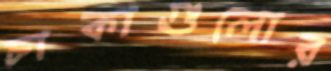
চাকাগুলোর